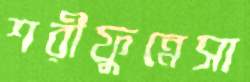
শরীফুন্নেসা